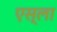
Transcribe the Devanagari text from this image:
एस्ला